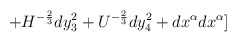
\begin{align*}+H^{-{2\over3}}dy_3^2+U^{-{2\over3}}dy_4^2+dx^{\alpha}dx^{\alpha}]\end{align*}